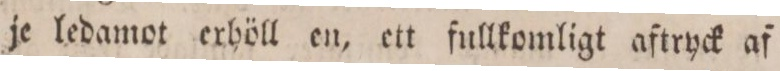
je ledamot erhöll en, ett fullkomligt aftryck af